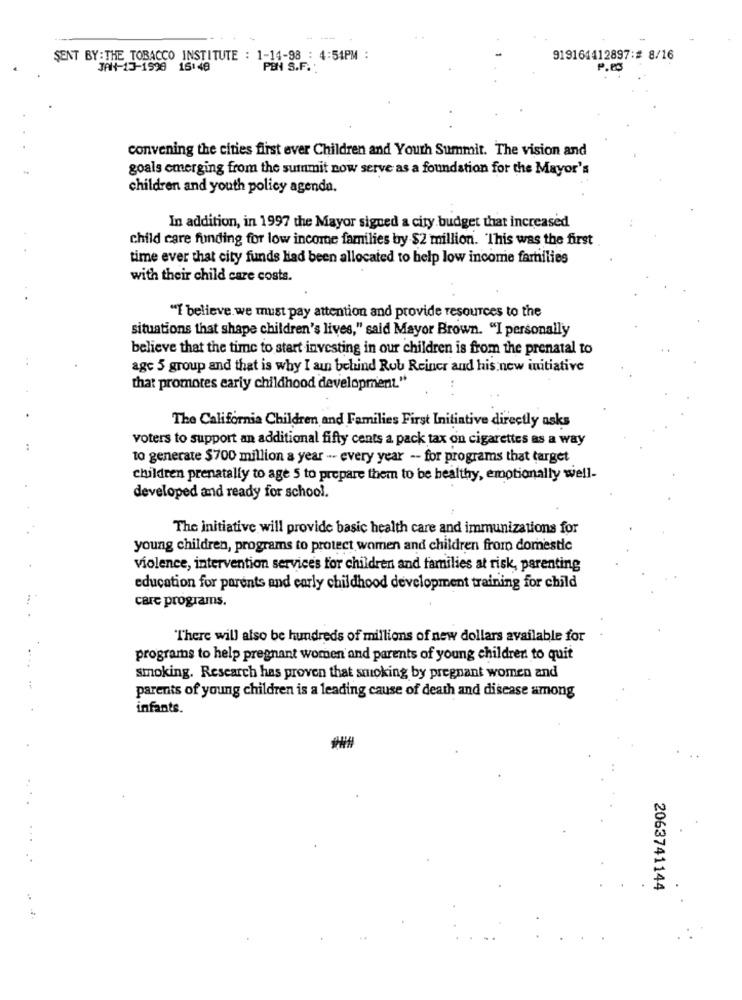
SENT BY: THE TOBACCO INSTITUTE : 1-14-98 : 4:51PM :
919161412897:# 8/16
JAN-13-1998 16:48
PEN S.F.
P.63
convening the cities first ever Children and Youth Summit. The vision and
goals emerging from the summit now serve as a foundation for the Mayor's
children and youth policy agenda.
In addition, in 1997 the Mayor signed a city budget that increased
child care funding for low income families by $2 million. This was the first
time ever that city funds had been allocated to help low income fartilies
with their child care costs.
"I believe we must pay attention and provide resources to the
situations that shape children's lives," said Mayor Brown. "I personally
believe that the time to start investing in our children is from the prenatal to
age 5 group and that is why I aun behind Rob Reiner and his new initiative
that promotes early childhood development."
The California Children and Families First Initiative directly asks
voters to support an additional fifty cents a pack tax on cigarettes as a way
to generate $700 million a year --- every year -- for programs that target
children prenatally to age 5 to prepare them to be healthy, emotionally well-
developed and ready for school.
The initiative will provide basic health care and immunizations for
young children, programs to protect women and children from domestic
violence, intervention services for children and families at risk, parenting
education for parents and early childhood development training for child
care programs.
There will also be hundreds of millions of new dollars available for
programs to help pregnant women and parents of young children to quit
smoking. Research has proven that smoking by pregnant women and
parents of young children is a leading cause of death and disease among
infants.
2063741144